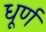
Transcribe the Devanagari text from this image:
धूर्ण